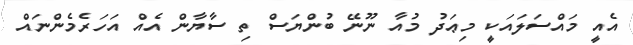
އެއީ މައްސަލައަކީ މިޢަދު މުއާ ނޫނޭ ބުންޔަސް ތި ސާޔާން އެއް އަހަރެމެންނައް